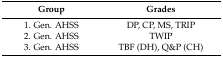
<table><thead><tr><td><b>Group</b></td><td><b>Grades</b></td></tr></thead><tbody><tr><td>1. Gen. AHSS</td><td>DP, CP, MS, TRIP</td></tr><tr><td>2. Gen. AHSS</td><td>TWIP</td></tr><tr><td>3. Gen. AHSS</td><td>TBF (DH), Q&amp;P (CH)</td></tr></tbody></table>